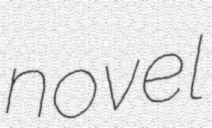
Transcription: novel